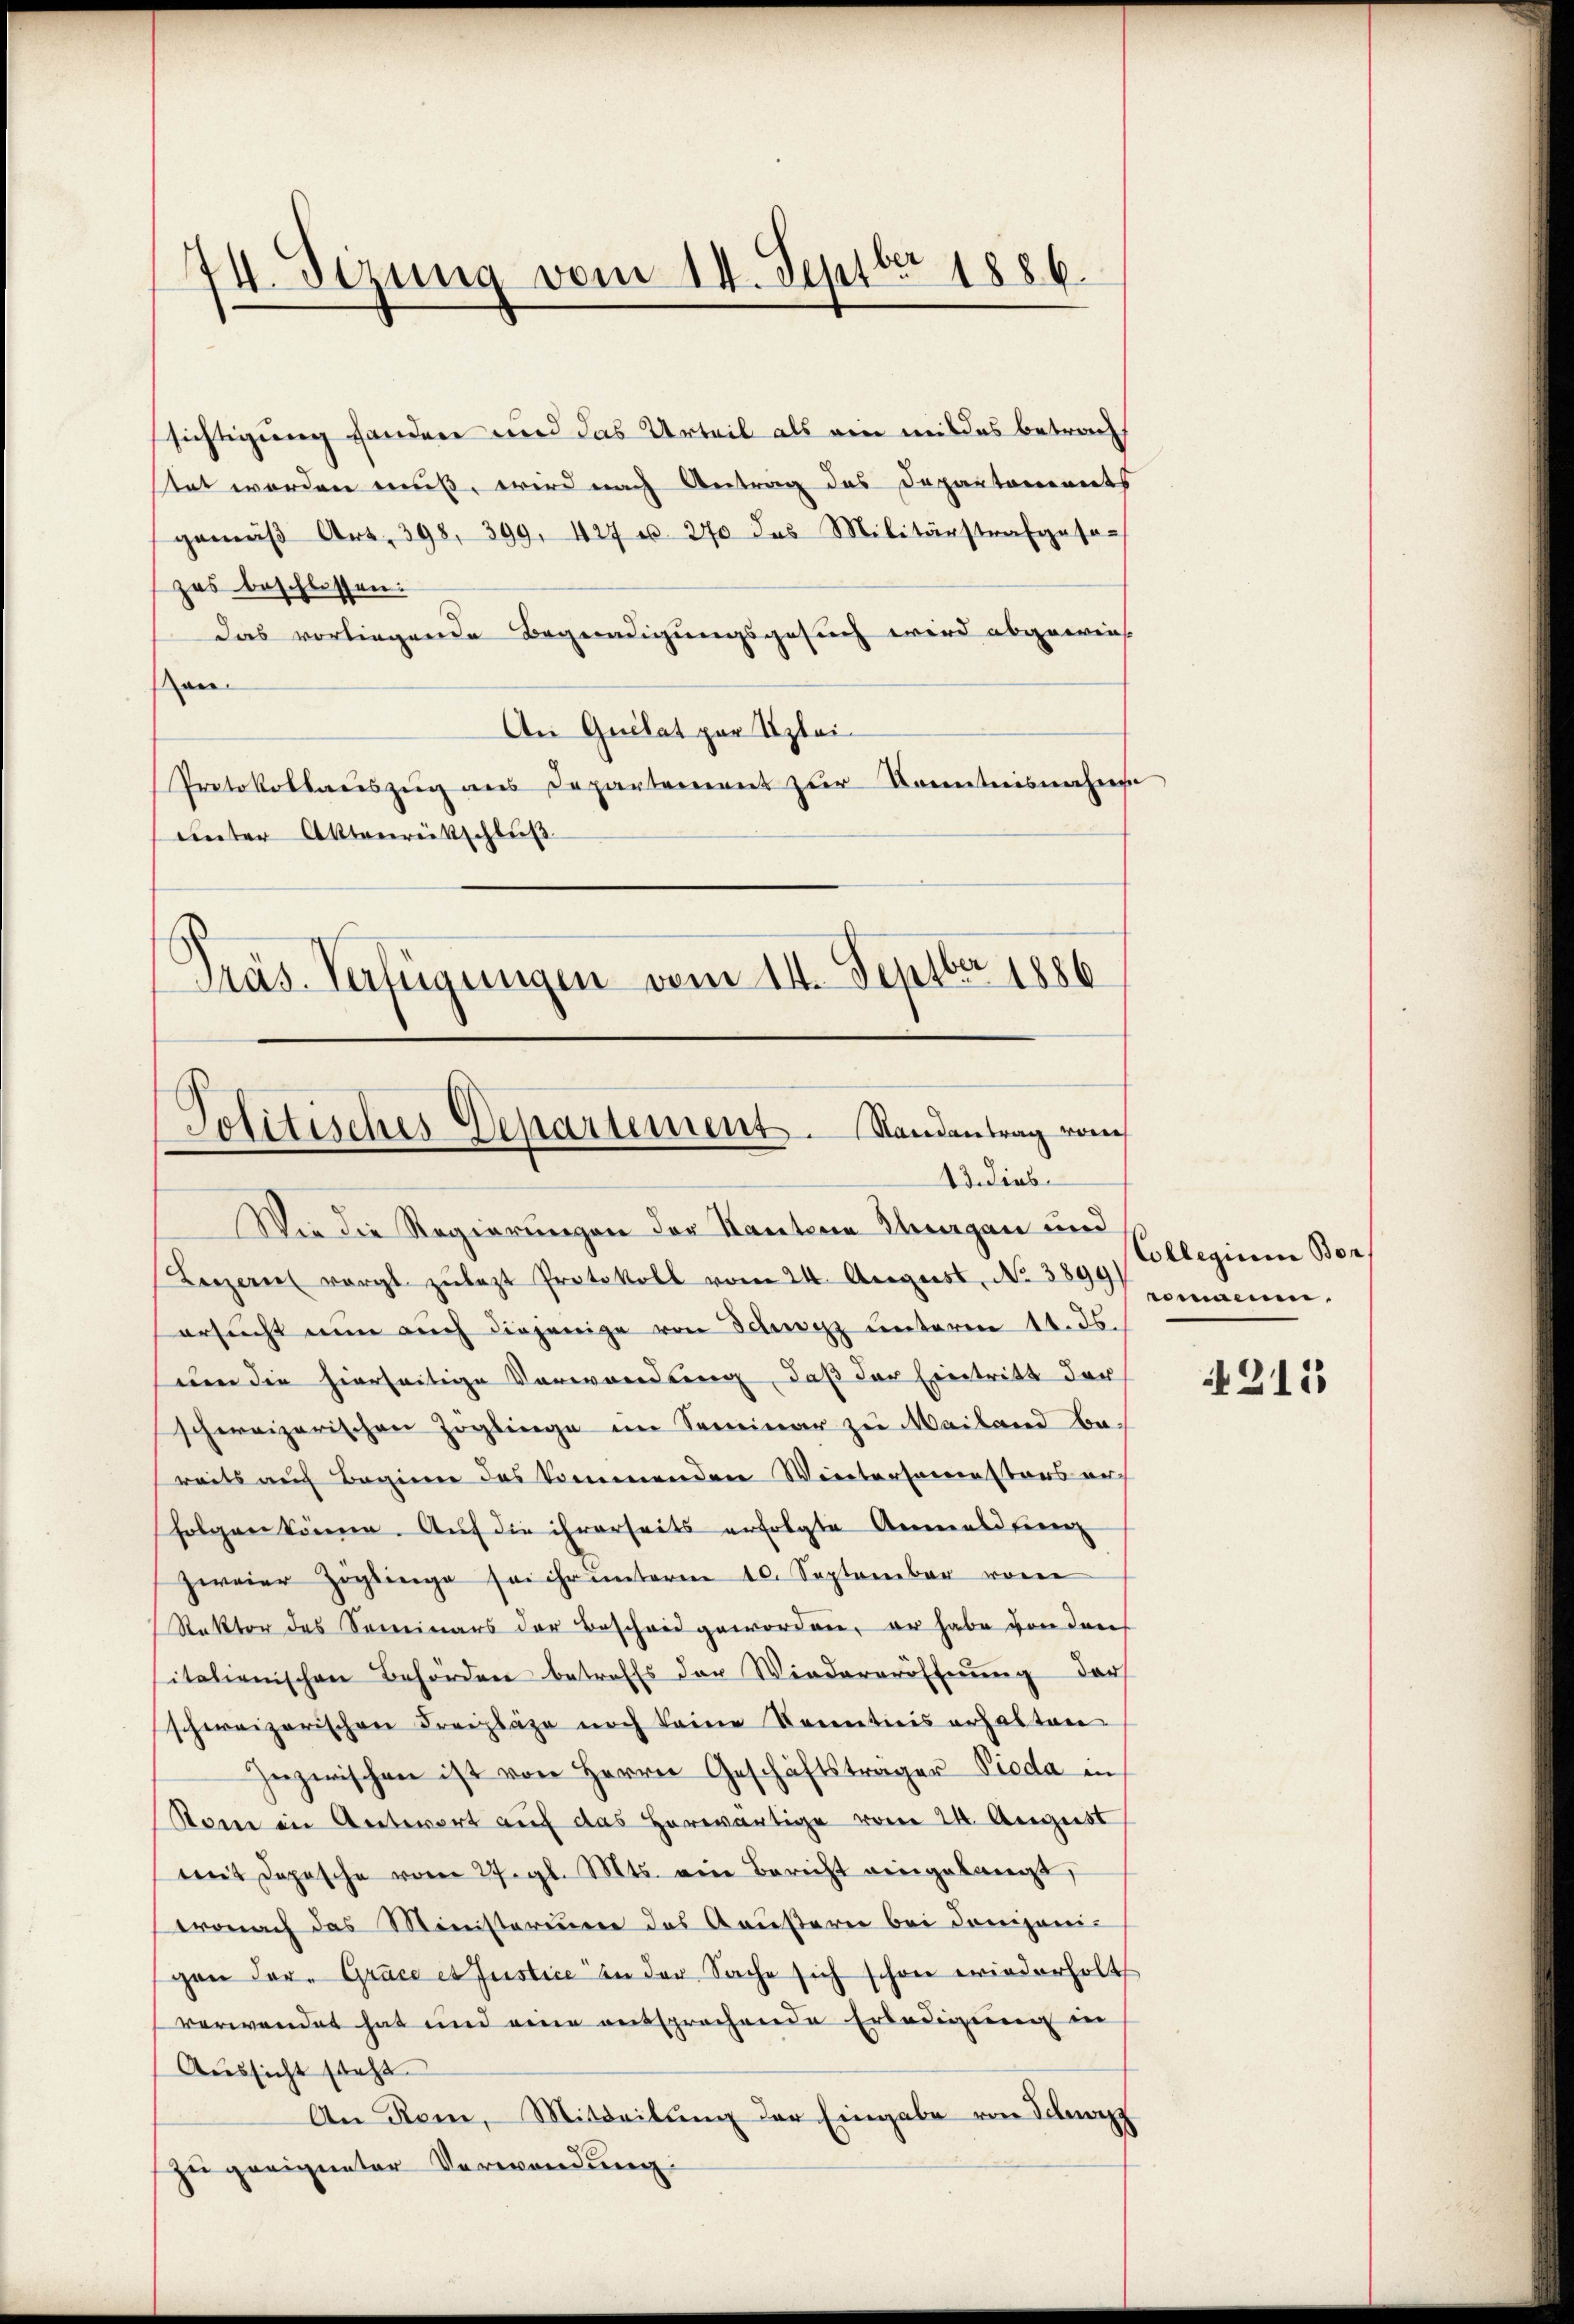
II. Dezung vom 14. Septbr 1886.

sichtigung handen und das Urteil als ein mit des betracht
tet werden muß, wird nach Antrag des Departements
gemäβ Art. 398. 399. 427 u. 270 des Militärstrafgeso-
zes beschlossen:
Das vorliegende Begnadigungsgesuch wird abgewies
on.
An Quilat par Uzlei¬
Protokollauszug aus Departement zur Kenntnisnahme
unter Aktenreitschluß
Präs. Verfügungen vom 14. Septbr 1886

Politisches Departement. Randantrag vom
43. Dieb

Wie die Regierungen der Kantone Thurgau und
Luzern vorgt zŭlazt Protokoll vom 24. August, No 3899)
ersucht nun auch diejenige von Schwyz unterm 14. ds.
um die hierseitige Verwendung, daß der Eintritt der
schweizerischen Zöglinge im Seminar zu Mailand be-
reits auf Beginne das kommenden Wintersamestens au
(folgen könne. Auf die ihrerseits erfolgte Annalisiren
zweier Zöglinge sei ihr unterne 10. September von
Rektor des Sominars der Bescheid geworden, er habe von den
italienischen Behörden betreffs der Wiedereröffnung der
schweizerischen Freizläge noch keine Senntnis erhalten
Inzwischen ist von Herrn Geschäftsträger Pieda in
Som in Antwort auf das Herwärtige vom 24. August
mit Dopische vom 27. gl. Mts. ein Bericht eingelangt,
tronach das Ministerium des Kausarei bei donijanigan dar. Grace et Justice in der Sache sich schon wiederholt
verwendet hat und eine entsprochende Erledigung in
Aussicht steht.
An Rom, Mitteilung der Eingabe von Schwyz
zu geeigneter Verwendung:

Collegium Bor
rmaene.

215